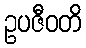
ဥပဇီဝတိ